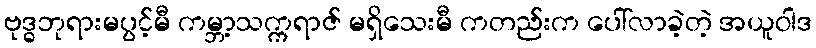
ဗုဒ္ဓဘုရားမပွင့်မီ ကမ္ဘာ့သက္ကရာဇ် မရှိသေးမီ ကတည်းက ပေါ်လာခဲ့တဲ့ အယူဝါဒ